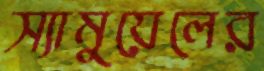
স্যামুয়েলের